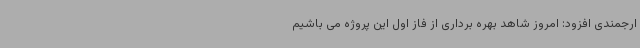
ارجمندی افزود: امروز شاهد بهره برداری از فاز اول این پروژه می باشیم